Civil Veterinary Department. United Provinces 1932-42 - 1932-1942
Year: 1932
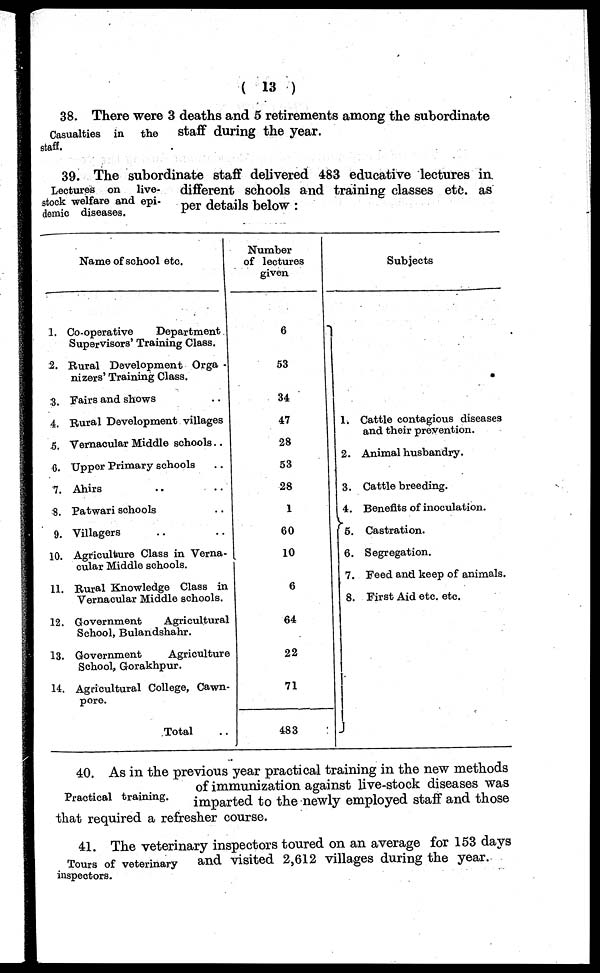
(13)
Casualties in
the
staff.
38. There were 3 deaths and 5 retirements among the subordinate
staff during the year.
Lectures on
live-
stock welfare and epi-
demic diseases.
39. The subordinate staff delivered 483 educative lectures in
different schools and training classes etc. as
per details below:
Name of school etc.
1.
2.
3.
4.
5.
6.
7.
8.
9.
10.
11.
12.
13.
14.
Co-operative
Department
Supervisors' Training Class.
Rural Development Orga-
nizers' Training Class.
Fairs and shows
Rural Development villages
Vernacular Middle schools ..
Upper Primary schools ..
Ahirs .. ..
Patwari schools ..
Villagers .. ..
Agriculture Class in Verna-
cular Middle schools.
Rural Knowledge Class in
Vernacular Middle schools.
Government
Agricultural
School, Bulandshahr.
Government
Agriculture
School, Gorakhpur.
Agricultural College, Cawn-
pore.
Total ..
Number
of lectures
given
6
53
34
47
28
53
28
1
60
10
6
64
22
71
483
Subjects
1.
2.
3.
4.
5.
6.
7.
8.
Cattle contagious diseases
and their prevention.
Animal husbandry.
Cattle breeding.
Benefits of inoculation.
Castration.
Segregation.
Feed and keep of animals.
First Aid etc. etc.
Practical training.
40. As in the previous year practical training in the new methods
of immunization against live-stock diseases was
imparted to the newly employed staff and those
that required a refresher course.
Tours of veterinary
inspectors.
41. The veterinary inspectors toured on an average for 153 days
and visited 2,612 villages during the year.